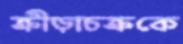
ক্রীড়াচক্রকে